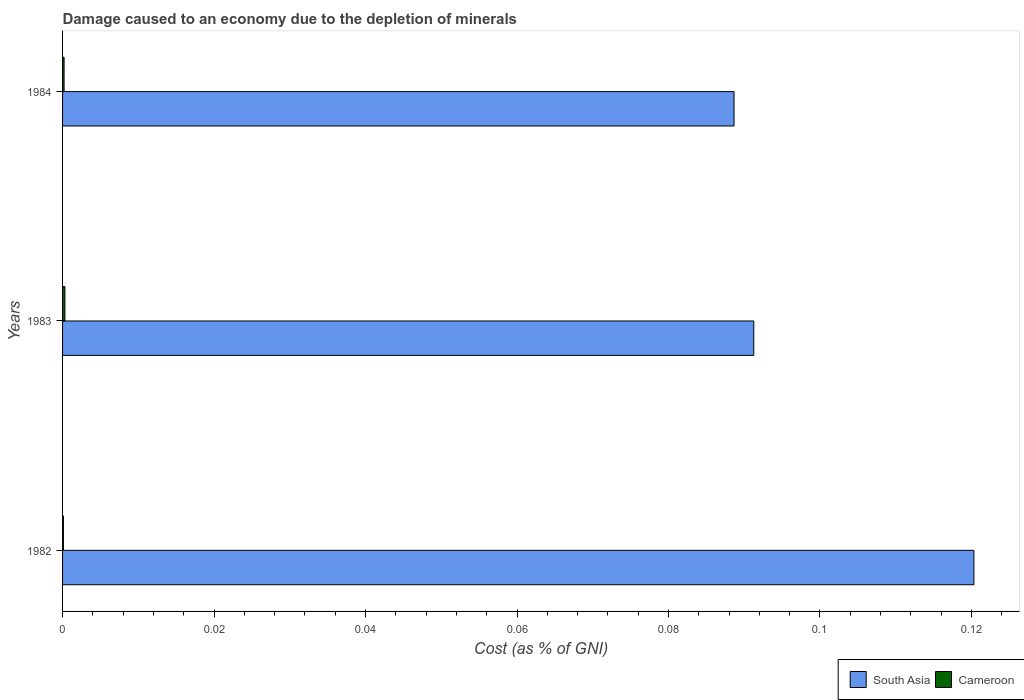
| Years | South Asia | Cameroon |
 | --- | --- | --- |
 | 1982 | 0.12 | 0.000112 |
 | 1983 | 0.0913 | 0.00031 |
 | 1984 | 0.0887 | 0.0002 |